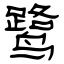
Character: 鹭